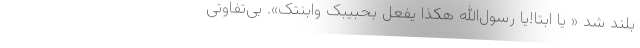
بلند شد « یا ابتا!یا رسول‌الله هکذا یفعل بحبیبک وابنتک». بی‌تفاوتی